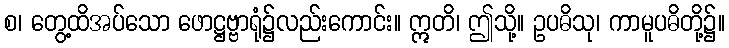
စ၊ တွေ့ထိအပ်သော ဖောဋ္ဌဗ္ဗာရုံ၌လည်းကောင်း။ ဣတိ၊ ဤသို့။ ဥပဓိသု၊ ကာမူပဓိတို့၌။